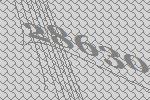
28630